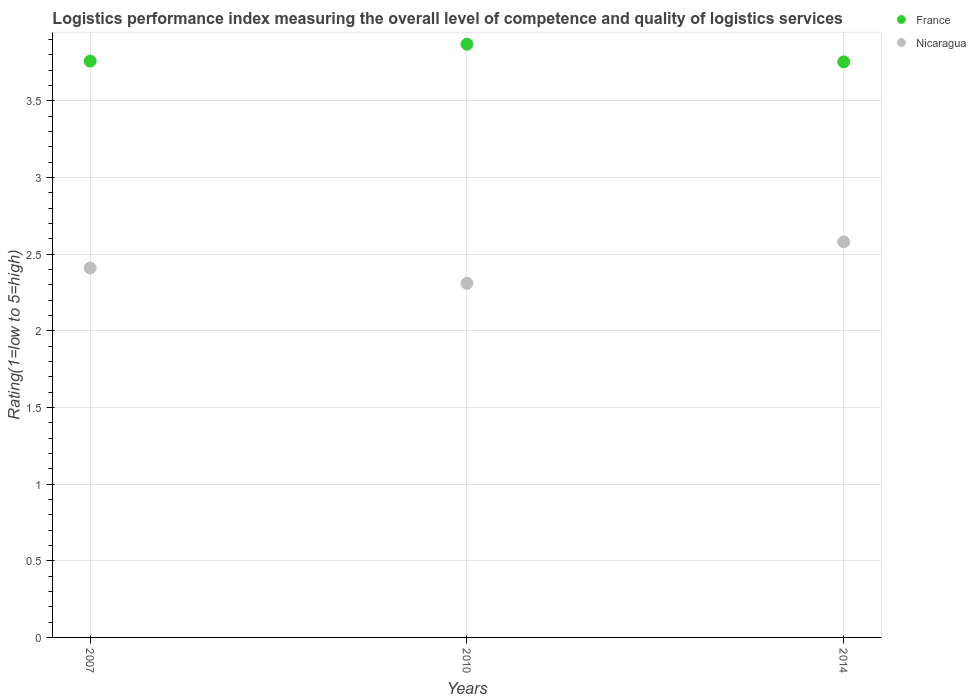
| Years | France | Nicaragua |
 | --- | --- | --- |
 | 2007 | 3.76 | 2.41 |
 | 2010 | 3.87 | 2.31 |
 | 2014 | 3.75 | 2.58 |